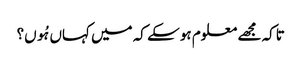
تاکہ مجھے معلوم ہو سکے کہ میں کہاں ہُوں؟